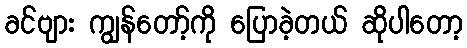
ခင်ဗျား ကျွန်တော့်ကို ပြောခဲ့တယ် ဆိုပါတော့